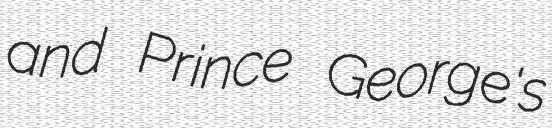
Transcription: and Prince George's